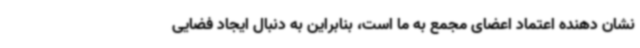
نشان دهنده اعتماد اعضای مجمع به ما است، بنابراین به دنبال ایجاد فضایی